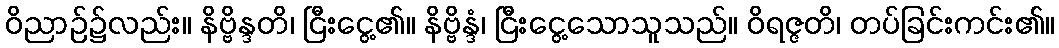
ဝိညာဉ်၌လည်း။ နိဗ္ဗိန္ဒတိ၊ ငြီးငွေ့၏။ နိဗ္ဗိန္ဒံ၊ ငြီးငွေ့သောသူသည်။ ဝိရဇ္ဇတိ၊ တပ်ခြင်းကင်း၏။